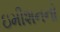
ઇમીશનનો